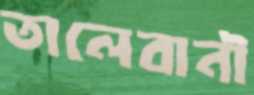
তালেবানী